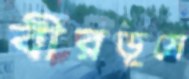
বীরভূমে